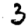
Digit: 3